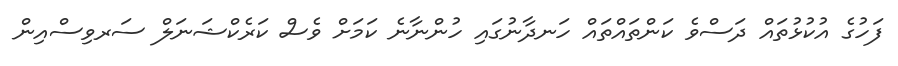
ފަހުގެ އުކުޅުތައް ދަސްވެ ކަންތައްތައް ހަނދާނުގައި ހުންނާނެ ކަމަށް ވެސް ކަރެކްޝަނަލް ސަރވިސްއިން